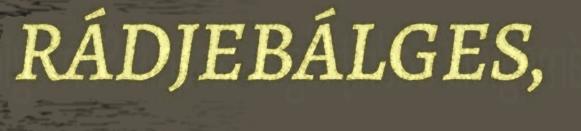
RÁDJEBÁLGES,